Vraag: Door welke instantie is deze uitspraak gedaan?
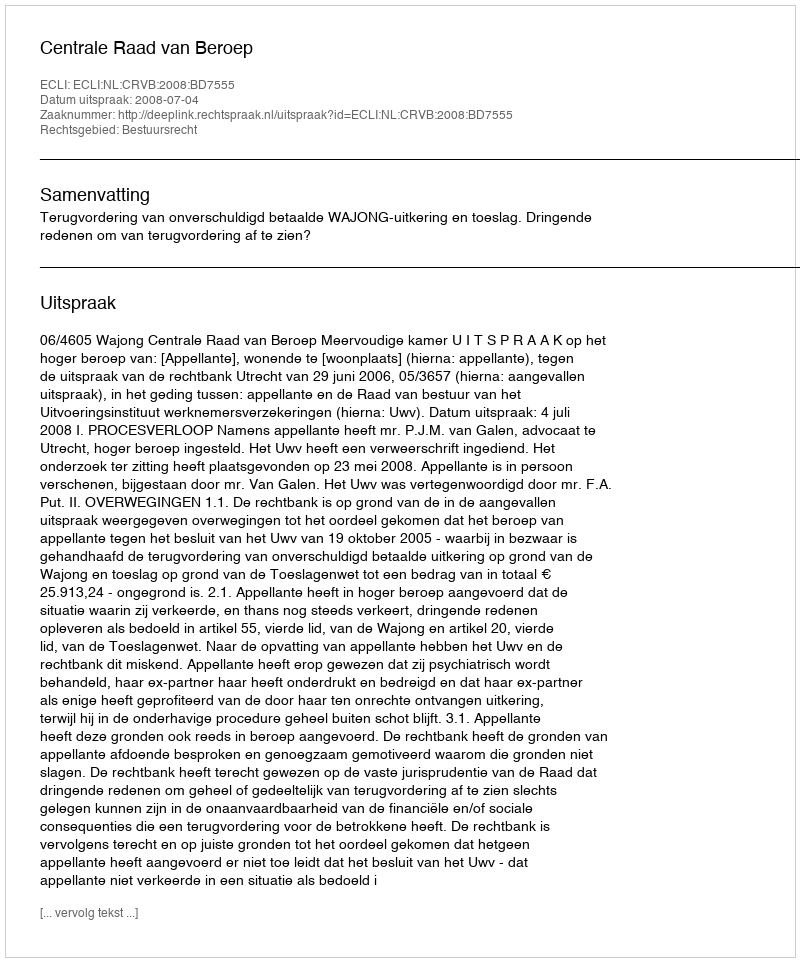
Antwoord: Centrale Raad van Beroep